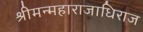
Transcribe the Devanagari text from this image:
श्रीमन्महाराजाधिराज